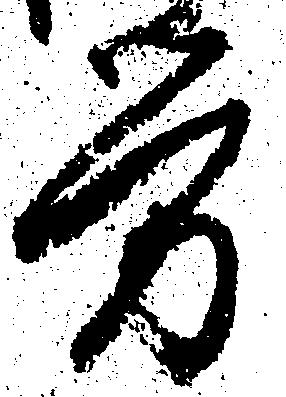
労